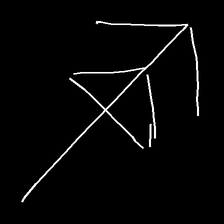
Glyph: pull